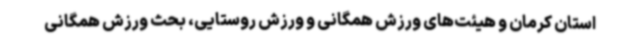
استان کرمان و هیئت‌های ورزش همگانی و ورزش روستایی، بحث ورزش همگانی